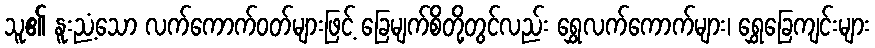
သူ၏ နူးညံ့သော လက်ကောက်ဝတ်များဖြင့် ခြေမျက်စိတို့တွင်လည်း ရွှေလက်ကောက်များ၊ ရွှေခြေကျင်းများ